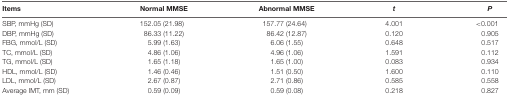
| Items | Normal MMSE | Abnormal MMSE | t | P |
 | --- | --- | --- | --- | --- |
 | SBP, mmHg (SD) | 152.05 (21.98) | 157.77 (24.64) | 4.001 | <0.001 |
 | DBP, mmHg (SD) | 86.33 (11.22) | 86.42 (12.87) | 0.120 | 0.905 |
 | FBG, mmol/L (SD) | 5.99 (1.63) | 6.06 (1.55) | 0.648 | 0.517 |
 | TC, mmol/L (SD) | 4.86 (1.06) | 4.96 (1.06) | 1.591 | 0.112 |
 | TG, mmol/L (SD) | 1.65 (1.18) | 1.65 (1.00) | 0.083 | 0.934 |
 | HDL, mmol/L (SD) | 1.46 (0.46) | 1.51 (0.50) | 1.600 | 0.110 |
 | LDL, mmol/L (SD) | 2.67 (0.87) | 2.71 (0.86) | 0.585 | 0.558 |
 | Average IMT, mm (SD) | 0.59 (0.09) | 0.59 (0.08) | 0.218 | 0.827 |